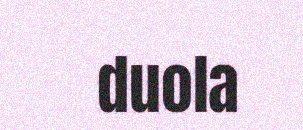
duola